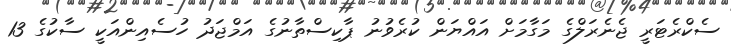
ސެކްރެޓަރީ ޖެނެރަލްގެ މަގާމަށް އައްޔަން ކުރެވުނު ޕާކިސްތާނުގެ އަމްޖަދު ހުސެއިންއަކީ ސާކުގެ 13